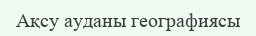
Ақсу ауданы географиясы